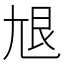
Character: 𡯣